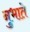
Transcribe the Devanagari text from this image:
नुभाते